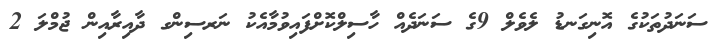
ސަނަދުތަކުގެ އޮނިގަނޑު ލެވެލް 9ގެ ސަނަދެއް ހާސިލްކޮށްފައިވުމާއެކު ނަރސިންގ ދާއިރާއިން ޖުމްލަ 2